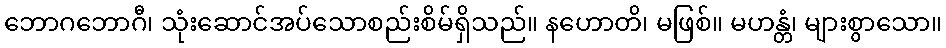
ဘောဂဘောဂီ၊ သုံးဆောင်အပ်သောစည်းစိမ်ရှိသည်။ နဟောတိ၊ မဖြစ်။ မဟန္တံ၊ များစွာသော။